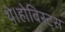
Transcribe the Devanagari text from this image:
थे।होबिस्ट्स